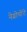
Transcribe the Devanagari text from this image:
नेग्रोपोंटे